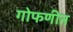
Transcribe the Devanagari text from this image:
गोफणीत